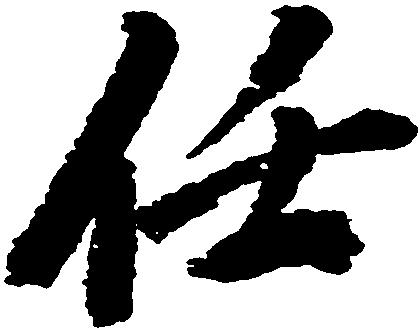
任